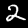
Label: 2